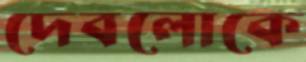
দেবলোকে